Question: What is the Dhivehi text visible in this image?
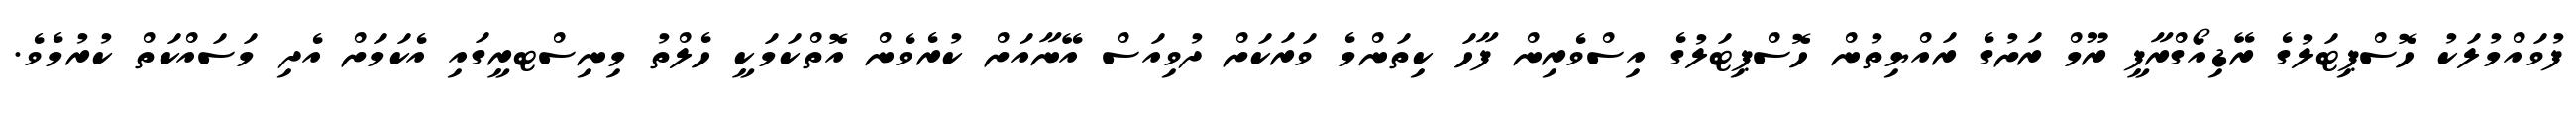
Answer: ފުވައްމުލަކު ހޮސްޕިޓަލުގެ ރޭޑިއޯގްރާފީ ރޫމް ރަށުގެ ރައްޔިތުން ހޮސްޕިޓަލުގެ އިސްވެރިން ފާހަ ކިތަންމެ ވަރަކަށް ދުވިއަސް އޭނާއަށް ކުރެވެން އޮތްކަމަކީ ހެލްތު މިނިސްޓރީގައި އެކަމަށް އެދި މަސައްކަތް ކުރުމެވެ.